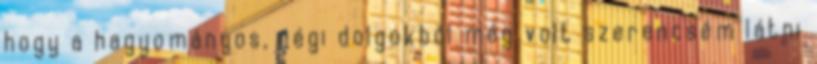
hogy a hagyományos, régi dolgokból még volt szerencsém látni